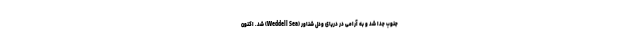
جنوب جدا شد و به آرامی در دریای ودل شناور (Weddell Sea) شد. اکنون